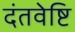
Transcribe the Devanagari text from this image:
दंतवेष्टि